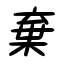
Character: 棄